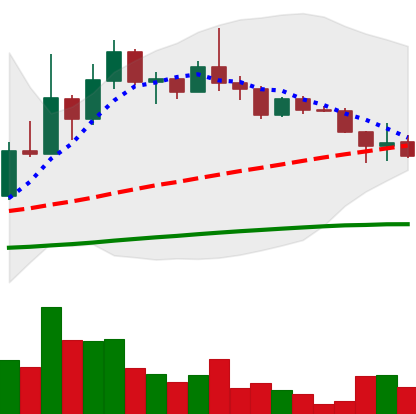
Ticker: DOGE-USD
Chart end date: 2022-12-14
Forward return: -19.302%
Label: down_7plus